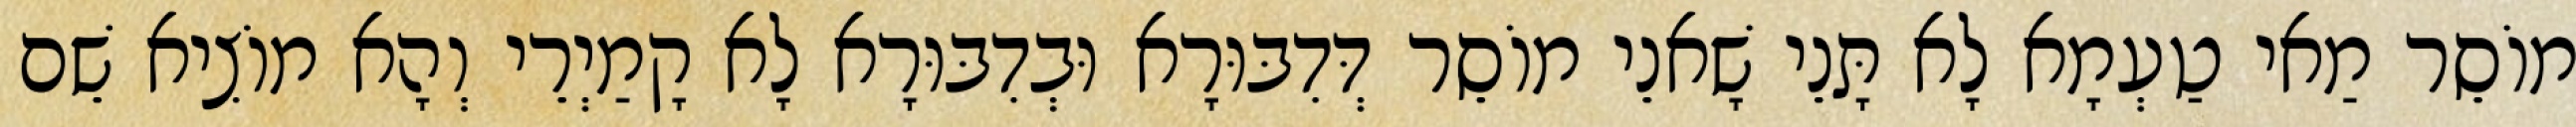
מוֹסֵר מַאי טַעְמָא לָא תָּנֵי שָׁאנֵי מוֹסֵר דְּדִבּוּרָא וּבְדִבּוּרָא לָא קָמַיְרֵי וְהָא מוֹצִיא שֵׁם